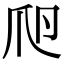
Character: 𤓲